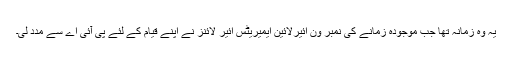
یہ وہ زمانہ تھا جب موجودہ زمانے کی نمبر ون ائیرلائین ایمیریٹس ائیر لائنز نے اپنے قیام کے لئے پی آئی اے سے مدد لی۔